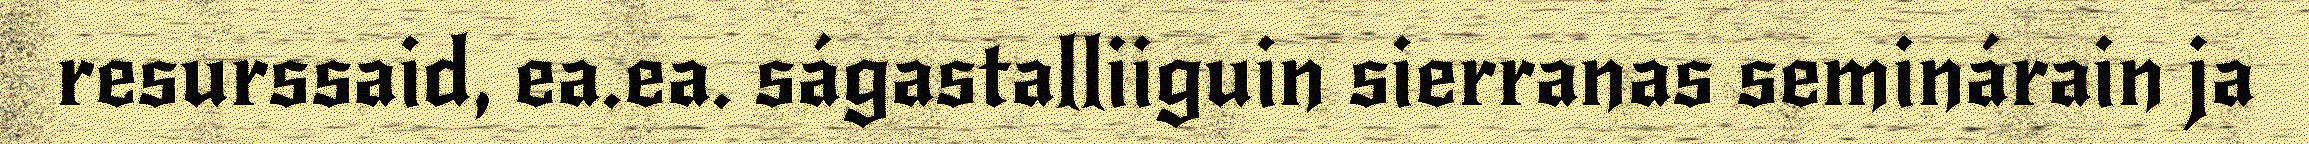
resurssaid, ea.ea. ságastalliiguin sierranas seminárain ja